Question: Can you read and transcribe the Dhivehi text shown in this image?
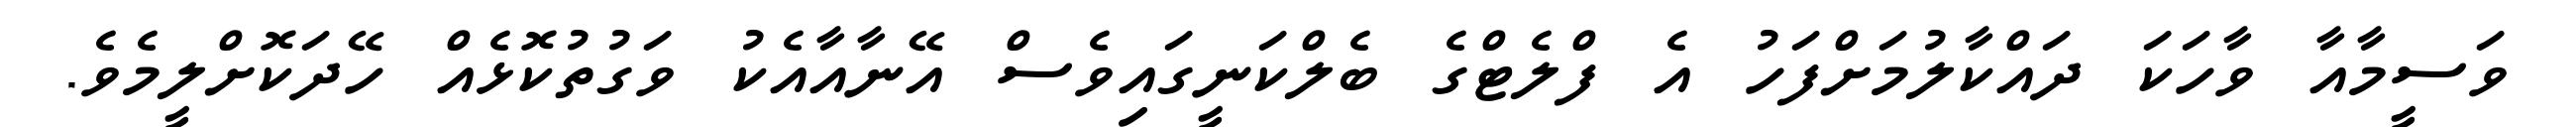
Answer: ވަސީމާއާ ވާހަކަ ދައްކާލުމަށްފަހު އެ ފްލެޓްގެ ބެލްކަނީގައިވެސް އޭނާއާއެކު ވަގުތުކޮޅެއް ހޭދަކޮށްލީމެވެ.